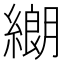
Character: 𦄺